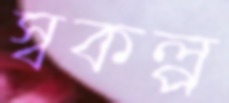
স্বকল্প